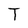
Character: T